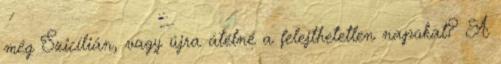
még Szicílián, vagy újra átélné a felejthetetlen napokat? A